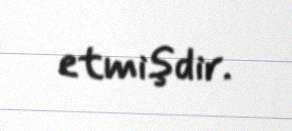
etmişdir.